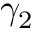
\gamma _ { 2 }